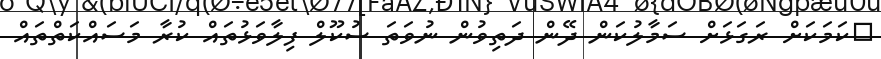
ކަމަކަށް ރަގަޅަށް ސަމާލުކަން ދޭން ދަތިވުން ނުވަތަ ސުކޫލް ފިލާވަޅުތައް ކުރާ މަސައްކަތްތައް